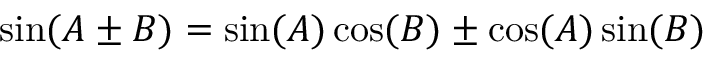
\sin ( A \pm B ) = \sin ( A ) \cos ( B ) \pm \cos ( A ) \sin ( B )